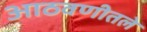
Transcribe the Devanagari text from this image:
आठवणीतले